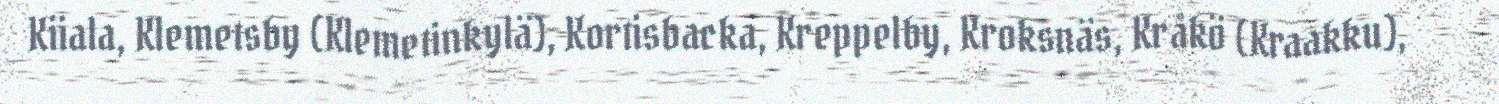
Kiiala, Klemetsby (Klemetinkylä), Kortisbacka, Kreppelby, Kroksnäs, Kråkö (Kraakku),